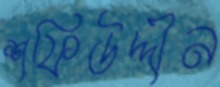
শফিউদ্দীন